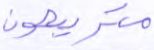
متربصون